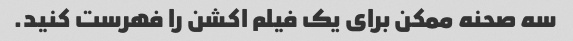
سه صحنه ممکن برای یک فیلم اکشن را فهرست کنید.